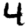
Digit: 4